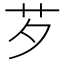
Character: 芕